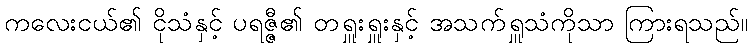
ကလေးငယ်၏ ငိုသံနှင့် ပရဇ္ဇီ၏ တရှူးရှူးနှင့် အသက်ရှူသံကိုသာ ကြားရသည်။